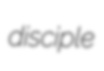
disciple